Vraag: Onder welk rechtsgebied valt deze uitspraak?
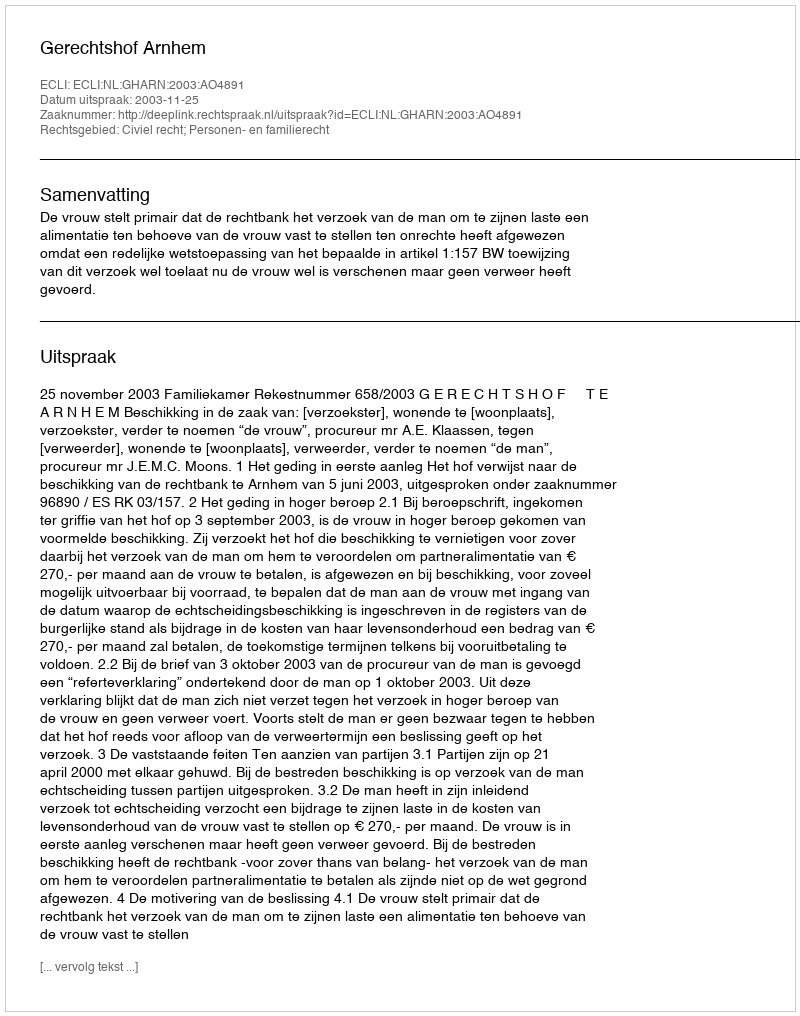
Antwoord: Civiel recht; Personen- en familierecht